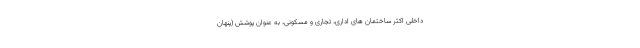
داخلی اکثر ساختمان های اداری، تجاری و مسکونی، به عنوان پوشش (پنهان